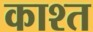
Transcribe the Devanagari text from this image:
काश्‍त